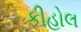
કીહોલ